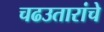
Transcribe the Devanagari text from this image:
चढउतारांचे